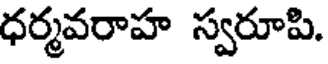
ధర్మవరాహ స్వరూపి.